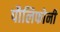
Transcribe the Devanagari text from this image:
पौलिफोनी